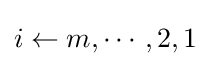
i\gets m,\cdots ,2,1